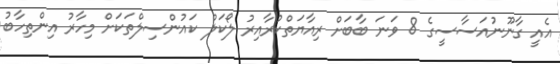
އެއީ ގާނޫނުއަސާސީގެ 8 ވަނަ ބާބަށް ރިއާޔަތްކުރާއިރު ލޯކަލް ކައުންސިލްތަކަށް މިހާރު އިންތިހާބު